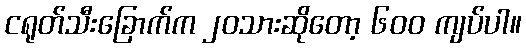
ငရုတ်သီးခြောက်က ၂၀သားဆိုတော့ ၆၀၀ ကျပ်ပါ။